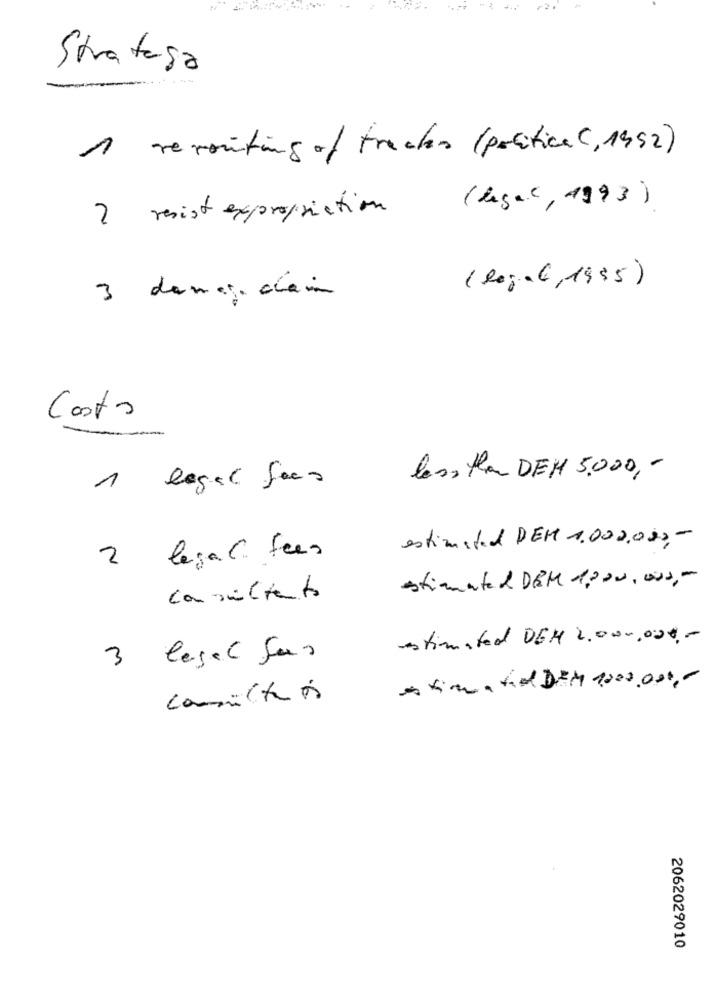
Stratesa
1 reporting of tracker (politica (,1992)
(Legal, 1993)
2 resist expropriation
(legal,1935)
3 damage di
Costo
less than DEM 5.000, -
1 legal fees
estimated DEM 1.000.000 ,-
2 legal fees
estimated DEM 1200.000 ,-
consultanto
estimated DEM 2.000.000 ,-
3 legal Sas
estimated DEM 1000.000 ,-
consultaós
2062029010